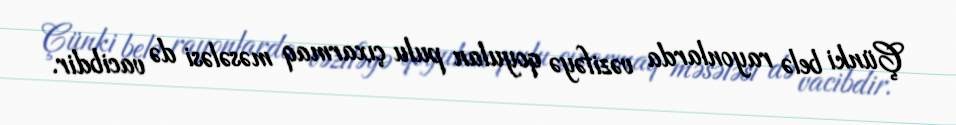
Çünki belə rayonlarda vəzifəyə qoyulan pulu çıxarmaq məsələsi də vacibdir.